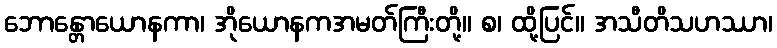
ဘောန္တောယောနကာ၊ အိုယောနကအမတ်ကြီးတို့။ စ၊ ထို့ပြင်။ အသီတိသဟဿာ၊